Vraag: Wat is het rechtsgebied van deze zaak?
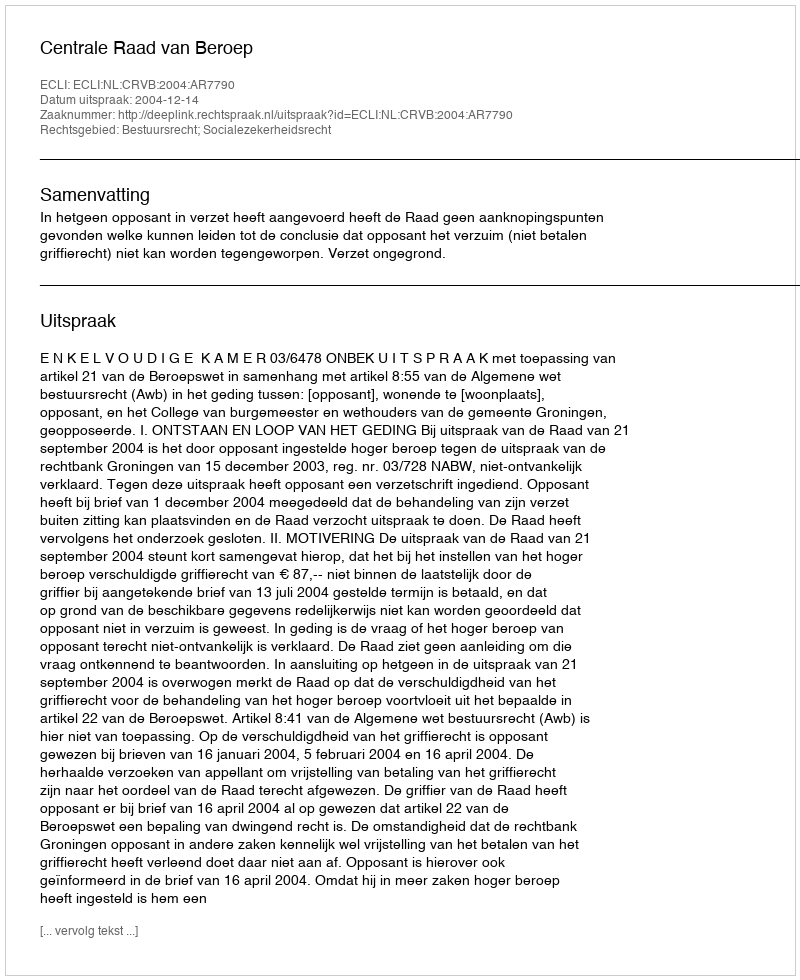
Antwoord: Bestuursrecht; Socialezekerheidsrecht